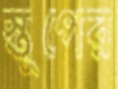
স্তূপের